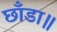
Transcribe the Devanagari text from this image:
छाँडा॥